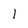
Character: l